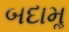
બદામૢ